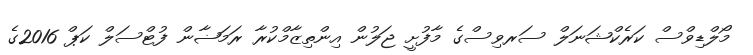
މޯލްޑިވްސް ކަރެކްޝަނަލް ސަރވިސްގެ މާފުށީ ޖަލުން އިންތިޒާމްކުރާ ރަމަޟާން ފުޓްސަލް ކަޕް 2016ގެ